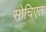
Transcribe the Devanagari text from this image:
सोचिएत